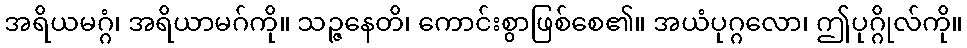
အရိယမဂ္ဂံ၊ အရိယာမဂ်ကို။ သဉ္ဇနေတိ၊ ကောင်းစွာဖြစ်စေ၏။ အယံပုဂ္ဂလော၊ ဤပုဂ္ဂိုလ်ကို။